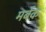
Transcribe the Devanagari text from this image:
मर्बक़